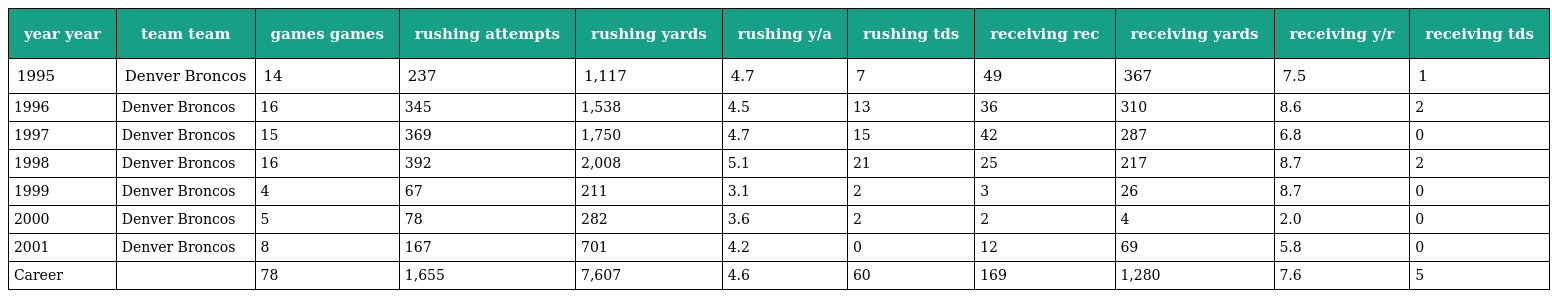
| year year | team team | games games | rushing attempts | rushing yards | rushing y/a | rushing tds | receiving rec | receiving yards | receiving y/r | receiving tds |
 | --- | --- | --- | --- | --- | --- | --- | --- | --- | --- | --- |
 | 1995 | Denver Broncos | 14 | 237 | 1,117 | 4.7 | 7 | 49 | 367 | 7.5 | 1 |
 | 1996 | Denver Broncos | 16 | 345 | 1,538 | 4.5 | 13 | 36 | 310 | 8.6 | 2 |
 | 1997 | Denver Broncos | 15 | 369 | 1,750 | 4.7 | 15 | 42 | 287 | 6.8 | 0 |
 | 1998 | Denver Broncos | 16 | 392 | 2,008 | 5.1 | 21 | 25 | 217 | 8.7 | 2 |
 | 1999 | Denver Broncos | 4 | 67 | 211 | 3.1 | 2 | 3 | 26 | 8.7 | 0 |
 | 2000 | Denver Broncos | 5 | 78 | 282 | 3.6 | 2 | 2 | 4 | 2.0 | 0 |
 | 2001 | Denver Broncos | 8 | 167 | 701 | 4.2 | 0 | 12 | 69 | 5.8 | 0 |
 | Career |  | 78 | 1,655 | 7,607 | 4.6 | 60 | 169 | 1,280 | 7.6 | 5 |